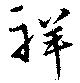
祥